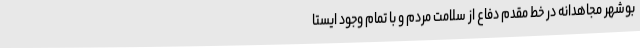
بوشهر مجاهدانه در خط مقدم دفاع از سلامت مردم و با تمام وجود ایستا